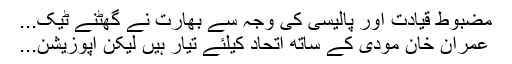
مضبوط قیادت اور پالیسی کی وجہ سے بھارت نے گھٹنے ٹیک...
عمران خان مودی کے ساتھ اتحاد کیلئے تیار ہیں لیکن اپوزیشن...